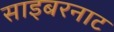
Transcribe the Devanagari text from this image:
साइबरनाट